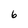
Character: 6